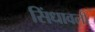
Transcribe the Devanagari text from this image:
सिंधावली